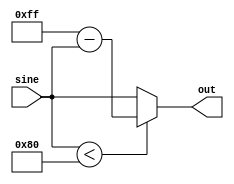
`timescale 1ns/1ns

module full_wave(input [7:0] sine, output reg [7:0] out);
  always @(sine)
  begin
    if (sine < 8'd128)
      out = 8'd255 - sine;
    else
      out = sine;
  end
endmodule